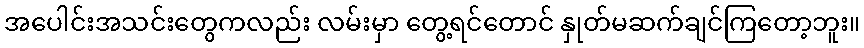
အပေါင်းအသင်းတွေကလည်း လမ်းမှာ တွေ့ရင်တောင် နှုတ်မဆက်ချင်ကြတော့ဘူး။